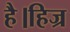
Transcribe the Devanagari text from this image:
है।हिज्र